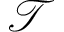
\mathcal { T }